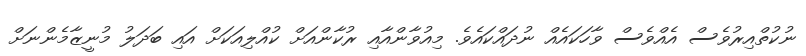
ނުކުތްއިރުވެސް އެއްވެސް ވާހަކައެއް ނުދައްކައެވެ. މިއުވާންއާއި ރުކާންއަށް ކުއްލިއަކަށް އައި ބަދަލު މުނީޒާމެންނަށް